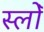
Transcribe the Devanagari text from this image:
स्लोँ